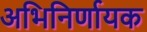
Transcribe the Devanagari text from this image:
अभिनिर्णायक